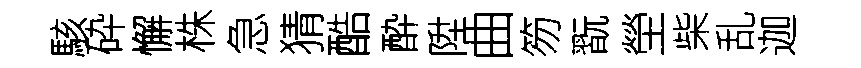
駭砕懈株急猜酷酔陞曲笏翫塋柴乱迦